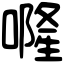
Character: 𠾐